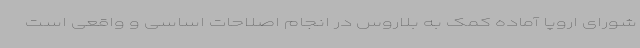
شورای اروپا آماده کمک به بلاروس در انجام اصلاحات اساسی و واقعی است